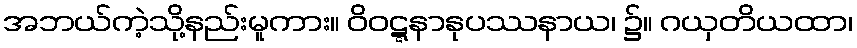
အဘယ်ကဲ့သို့နည်းမူကား။ ဝိဝဋ္ဋနာနုပဿနာယ၊ ၌။ ဂယှတိယထာ၊